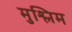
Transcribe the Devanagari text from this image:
मुश्लिम